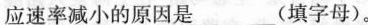
应速率减小的原因是___(填字母)。